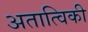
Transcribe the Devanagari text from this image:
अतात्विकी